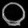
Digit: ၀